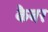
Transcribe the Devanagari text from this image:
कैबर